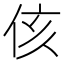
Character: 侅